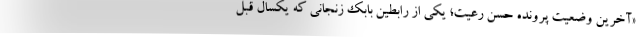
«آخرین وضعیت پرونده حسن رعیت؛ یکی از رابطین بابک زنجانی که یکسال قبل